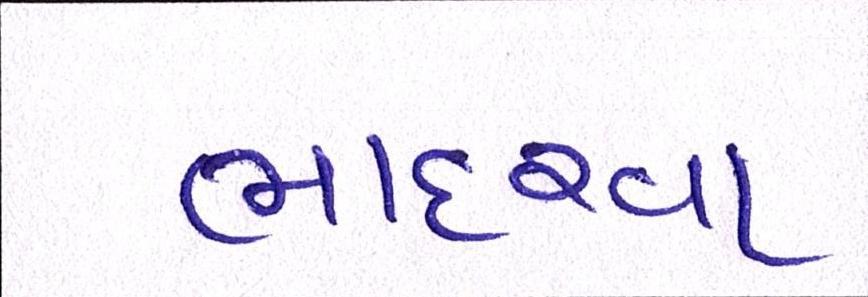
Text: ભાદરવા